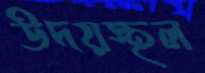
উদয়স্থল